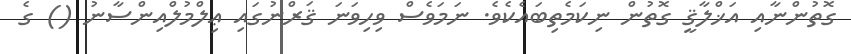
ގޮތުންނާއި އަޚްލާޤީ ގޮތުން ނިކަމެތިބައެކެވެ. ނަމަވެސް ވިހިވަނަ ޤަރްނުގައި ޢިލްމުލްއިންސާނު () ގެ